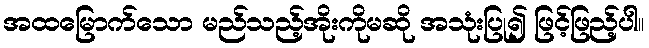
အထမြောက်သော မည်သည့်အိုးကိုမဆို အသုံးပြု၍ ဖြင့်ဖြည့်ပါ။